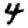
Digit: 4